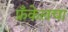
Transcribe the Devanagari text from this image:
फ्रँकेलचा